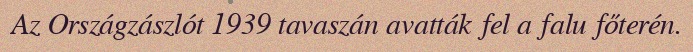
Az Országzászlót 1939 tavaszán avatták fel a falu főterén.